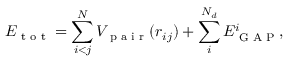
E _ { \textrm { t o t } } = \sum _ { i < j } ^ { N } V _ { \textrm { p a i r } } ( r _ { i j } ) + \sum _ { i } ^ { N _ { d } } E _ { \textrm { G A P } } ^ { i } ,